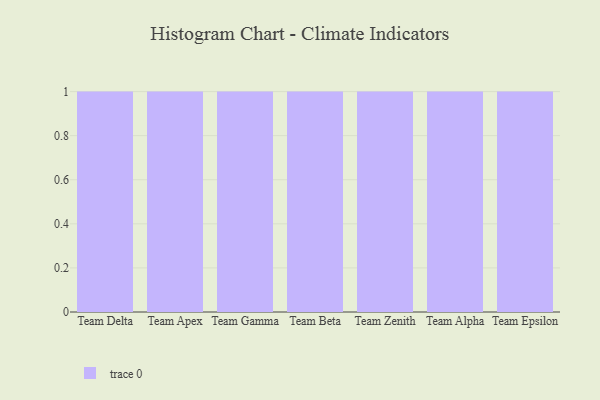
{"axis": {"x": "Team", "y": "Bounce Rate (%)"}, "legend": [""], "data": [{"x": "Team Delta", "y": 93, "type": ""}, {"x": "Team Apex", "y": 26, "type": ""}, {"x": "Team Gamma", "y": 96, "type": ""}, {"x": "Team Beta", "y": 48, "type": ""}, {"x": "Team Zenith", "y": 100, "type": ""}, {"x": "Team Alpha", "y": 8, "type": ""}, {"x": "Team Epsilon", "y": 90, "type": ""}]}